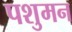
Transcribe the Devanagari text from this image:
पशुमन